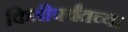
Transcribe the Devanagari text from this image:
किमीपर्यंतच्या